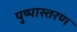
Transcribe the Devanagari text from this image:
पुष्पास्तरण